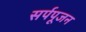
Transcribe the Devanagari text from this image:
सर्पपूजन